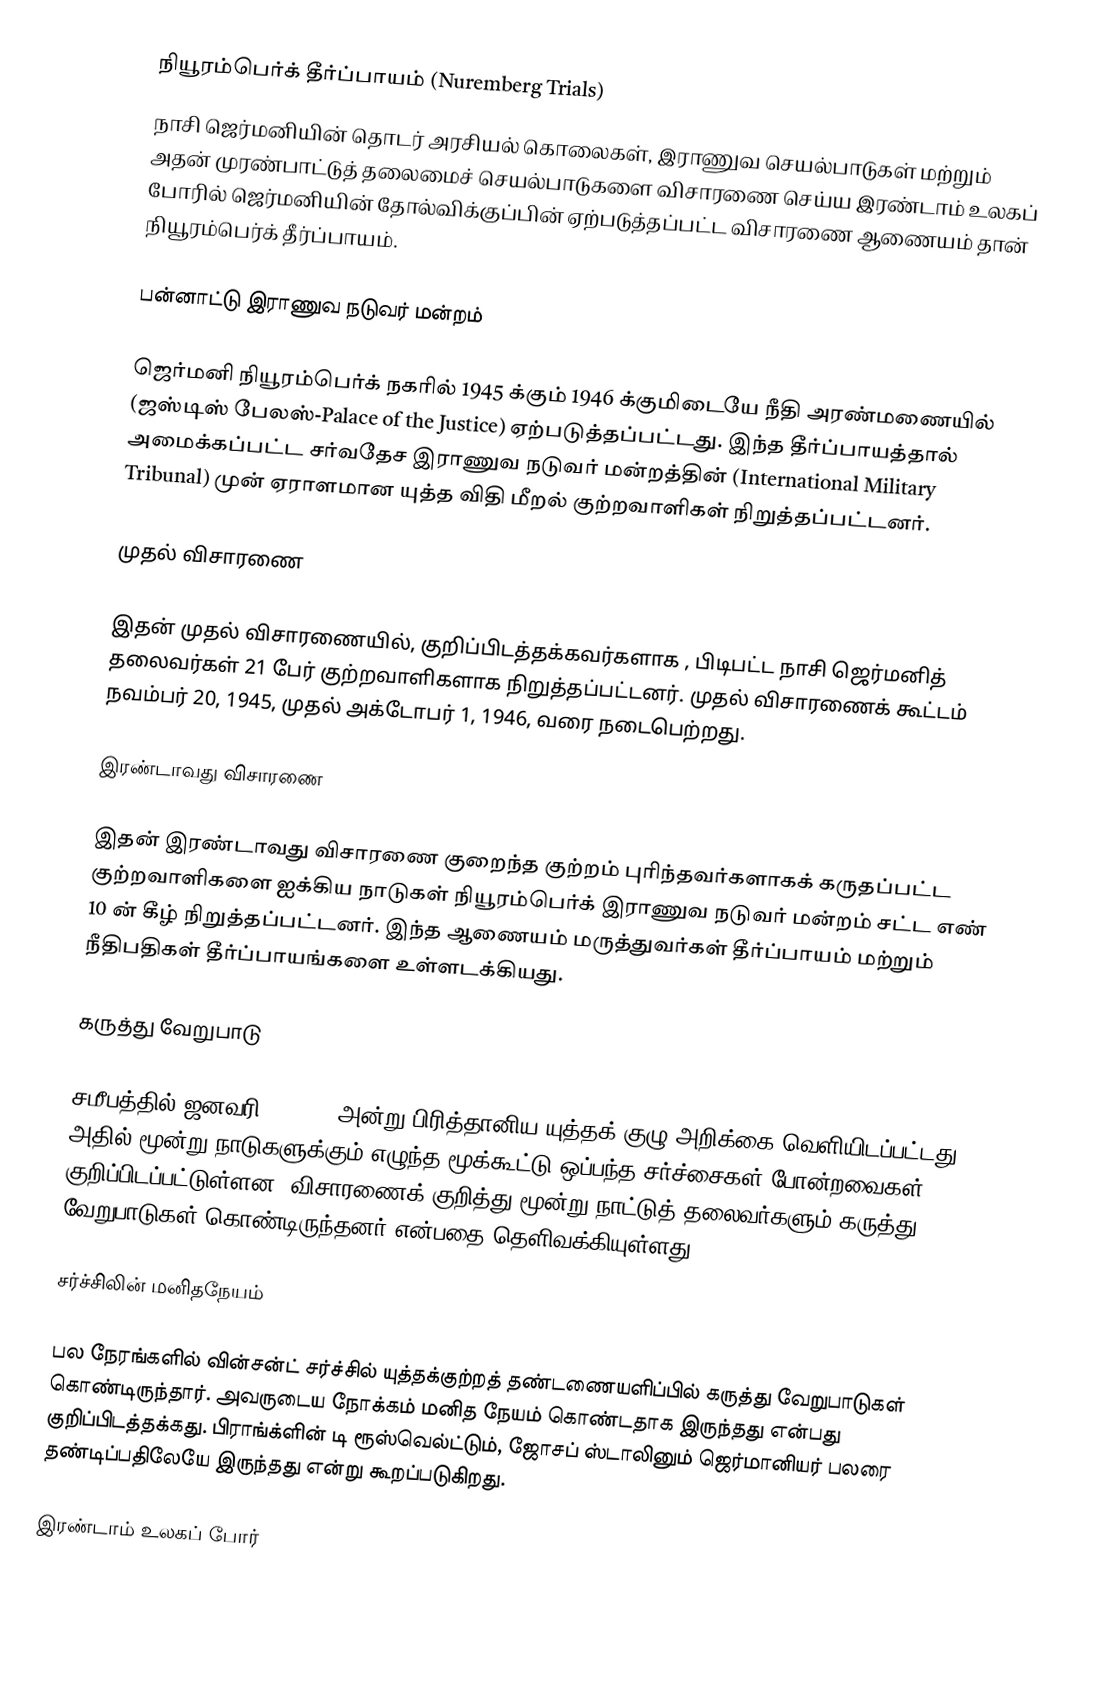
நியூரம்பெர்க் தீர்ப்பாயம் (Nuremberg Trials)
நாசி ஜெர்மனியின் தொடர் அரசியல் கொலைகள், இராணுவ செயல்பாடுகள்  மற்றும் அதன் முரண்பாட்டுத் தலைமைச் செயல்பாடுகளை விசாரணை செய்ய இரண்டாம் உலகப் போரில் ஜெர்மனியின் தோல்விக்குப்பின் ஏற்படுத்தப்பட்ட விசாரணை ஆணையம் தான் நியூரம்பெர்க் தீர்ப்பாயம்.

பன்னாட்டு இராணுவ நடுவர் மன்றம்

ஜெர்மனி  நியூரம்பெர்க் நகரில் 1945 க்கும் 1946 க்குமிடையே நீதி அரண்மணையில் (ஜஸ்டிஸ் பேலஸ்-Palace of the Justice) ஏற்படுத்தப்பட்டது. இந்த தீர்ப்பாயத்தால் அமைக்கப்பட்ட சர்வதேச இராணுவ நடுவர் மன்றத்தின் (International Military Tribunal) முன் ஏராளமான யுத்த விதி மீறல் குற்றவாளிகள் நிறுத்தப்பட்டனர்.

முதல் விசாரணை

இதன் முதல் விசாரணையில், குறிப்பிடத்தக்கவர்களாக , பிடிபட்ட நாசி ஜெர்மனித் தலைவர்கள் 21 பேர் குற்றவாளிகளாக நிறுத்தப்பட்டனர். முதல் விசாரணைக் கூட்டம் நவம்பர் 20, 1945, முதல் அக்டோபர் 1, 1946, வரை நடைபெற்றது.

இரண்டாவது விசாரணை

இதன் இரண்டாவது விசாரணை குறைந்த குற்றம் புரிந்தவர்களாகக் கருதப்பட்ட குற்றவாளிகளை ஐக்கிய நாடுகள் நியூரம்பெர்க் இராணுவ நடுவர் மன்றம் சட்ட எண் 10 ன் கீழ் நிறுத்தப்பட்டனர். இந்த ஆணையம் மருத்துவர்கள் தீர்ப்பாயம் மற்றும் நீதிபதிகள் தீர்ப்பாயங்களை உள்ளடக்கியது.

கருத்து வேறுபாடு

சமீபத்தில் ஜனவரி 2, 2006 அன்று பிரித்தானிய யுத்தக் குழு அறிக்கை வெளியிடப்பட்டது. அதில் மூன்று நாடுகளுக்கும் எழுந்த மூக்கூட்டு ஒப்பந்த சர்ச்சைகள் போன்றவைகள் குறிப்பிடப்பட்டுள்ளன. விசாரணைக் குறித்து மூன்று நாட்டுத் தலைவர்களும் கருத்து வேறுபாடுகள் கொண்டிருந்தனர் என்பதை தெளிவக்கியுள்ளது.

சர்ச்சிலின் மனிதநேயம்

பல நேரங்களில் வின்சன்ட் சர்ச்சில் யுத்தக்குற்றத் தண்டணையளிப்பில்  கருத்து வேறுபாடுகள் கொண்டிருந்தார். அவருடைய நோக்கம் மனித நேயம் கொண்டதாக இருந்தது என்பது குறிப்பிடத்தக்கது. பிராங்க்ளின் டி ரூஸ்வெல்ட்டும், ஜோசப் ஸ்டாலினும் ஜெர்மானியர் பலரை தண்டிப்பதிலேயே இருந்தது என்று கூறப்படுகிறது.

இரண்டாம் உலகப் போர்